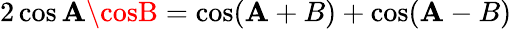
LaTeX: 2\cos\mathbf{A}\cosB=\cos(\mathbf{A}+B)+\cos(\mathbf{A}-B)